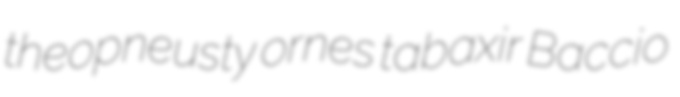
theopneusty ornes tabaxir Baccio